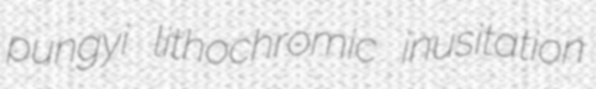
pungyi lithochromic inusitation